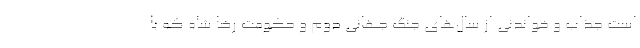
است جذاب و خواندنی از سال‌های جنگ جهانی دوم و حکومت رضا شاه که با